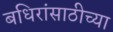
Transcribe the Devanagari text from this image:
बधिरांसाठीच्या